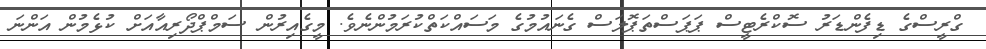
ގްރީސްގެ ޑިފެންޑަރު ސޮކްރެޓީސް ޕަޕަސްތަޕޮލަސް ގެނައުމުގެ މަސައްކަތްކުރަމުންނެވެ. މީގެއިރުން ސަމްޕްދޯރިއާއަށް ކުޅެމުން އަންނަ